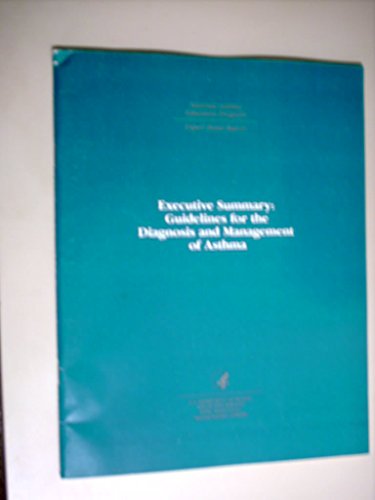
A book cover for Executive summary : guidelines for the diagnosis and management of asthma : National Asthma Education Program : expert panel report (SuDoc HE 20.3208:As 8/6/exec.sum.); U.S. Dept of Health and Human Services; Health, Fitness & Dieting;